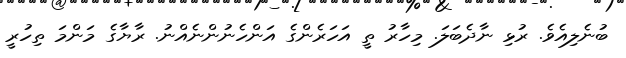
ބުނެލިއެވެ. ރުޅި ނާދެބަލަ. މިހާރު ތީ އަހަރެންގެ އަންހެނުންނެއްނު. ރާޔާގެ މަންމަ ތިހުރީ